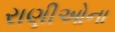
રાણીઓના